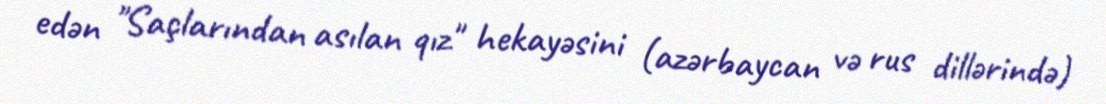
edən "Saçlarından asılan qız" hekayəsini (azərbaycan və rus dillərində)